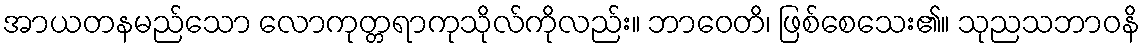
အာယတနမည်သော လောကုတ္တရာကုသိုလ်ကိုလည်း။ ဘာဝေတိ၊ ဖြစ်စေသေး၏။ သုညသဘာဝနိ